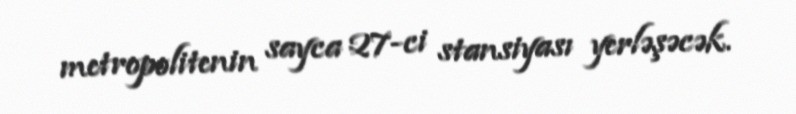
metropolitenin sayca 27-ci stansiyası yerləşəcək.